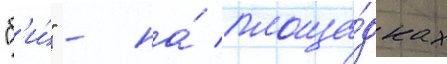
"б'и́" - на́ площа́дках